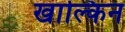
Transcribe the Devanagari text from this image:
खाल्किन